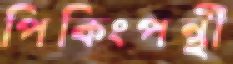
পিকিংপন্থী